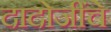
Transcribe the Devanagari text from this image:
दादोजींचे